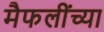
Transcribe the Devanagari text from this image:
मैफलींच्या